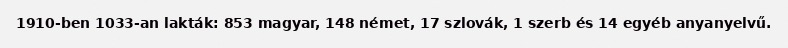
1910-ben 1033-an lakták: 853 magyar, 148 német, 17 szlovák, 1 szerb és 14 egyéb anyanyelvű.